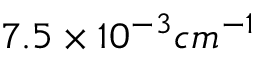
7 . 5 \times 1 0 ^ { - 3 } c m ^ { - 1 }